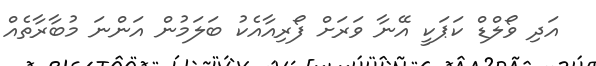
އަދި ވޯލްޑް ކަޕަކީ އޭނާ ވަރަށް ފޯރިއާއެކު ބަލަމުން އަންނަ މުބާރާތެއް